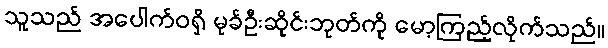
သူသည် အပေါက်ဝရှိ မုခ်ဦးဆိုင်းဘုတ်ကို မော့ကြည့်လိုက်သည်။